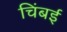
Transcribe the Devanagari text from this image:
चिंबई